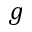
g